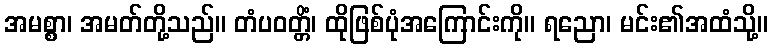
အမစ္စာ၊ အမတ်တို့သည်။ တံပဝတ္တိံ၊ ထိုဖြစ်ပုံအကြောင်းကို။ ရညော၊ မင်း၏အထံသို့။